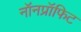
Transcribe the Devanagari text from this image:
नॉनप्रॉफिट